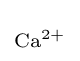
{\scriptstyle \mathrm {Ca} {\vphantom {A}}^{2+}}